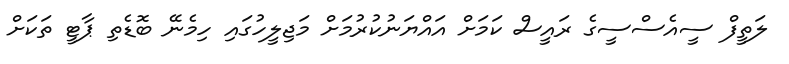
ލަތީފް ސީއެސްސީގެ ރައީސް ކަމަށް އައްޔަނުކުރުމަށް މަޖިލީހުގައި ހިމެނޭ ބޮޑެތި ޕާޓީ ތަކަށް